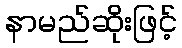
နာမည်ဆိုးဖြင့်